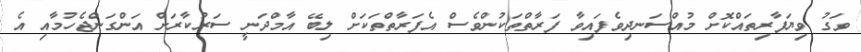
ވަގު ވިޔަފާރިތައްކޮށް މުއްސަނދިވެފައިވާ ފަރާތްތަކުންވެސް އެފަރާތްތަކަށް ލިބޭ އާމްދަނީ ސަރުކާރަށް އަންގަންޖެހުމާއި އެ